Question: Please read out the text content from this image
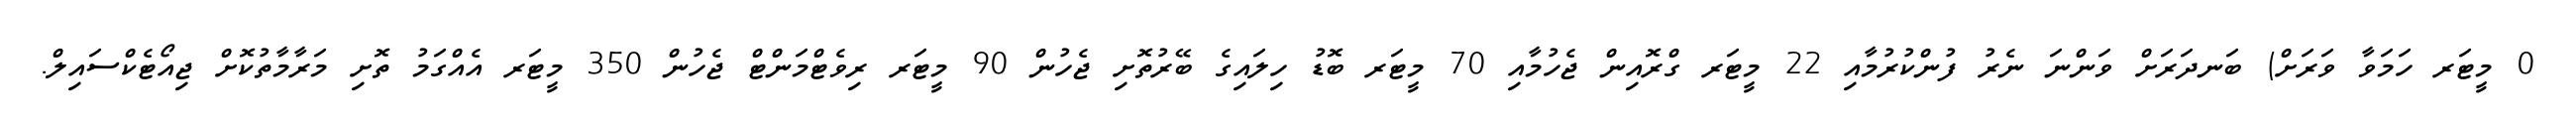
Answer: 0 މީޓަރ ހަމަވާ ވަރަށް) ބަނދަރަށް ވަންނަ ނެރު ފުންކުރުމާއި 22 މީޓަރ ގްރޮއިން ޖެހުމާއި 70 މީޓަރ ބޮޑު ހިލައިގެ ބޭރުތޮށި ޖެހުން 90 މީޓަރ ރިވެޓްމަންޓް ޖެހުން 350 މީޓަރ އެއްގަމު ތޮށި މަރާމާތުކޮށް ޖިއޯޓެކްސައިލް.